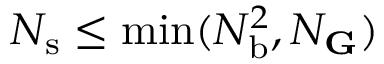
N _ { \mathrm { s } } \leq \operatorname* { m i n } ( N _ { \mathrm { b } } ^ { 2 } , N _ { \mathbf G } )